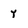
Character: y